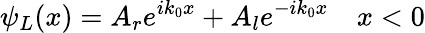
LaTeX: \psi_{L}(x)=A_{r}e^{ik_{0}x}+A_{l}e^{-ik_{0}x}\quad x<0